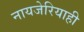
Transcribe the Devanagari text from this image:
नायजेरियाही